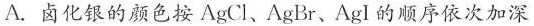
A.卤化银的颜色按AgCI、AgBr、AgI的顺序依次加深